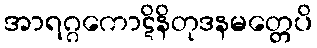
အာရဂ္ဂကောဋိနိတုဒနမတ္တေပိ